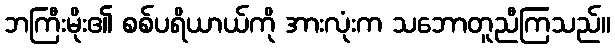
ဘကြီးမိုး၏ စစ်ပရိယာယ်ကို အားလုံးက သဘောတူညီကြသည်။